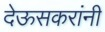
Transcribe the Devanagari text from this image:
देऊसकरांनी